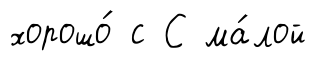
хорошо́ с С ма́лой